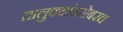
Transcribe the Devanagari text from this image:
तालुक्यांबरोबरच